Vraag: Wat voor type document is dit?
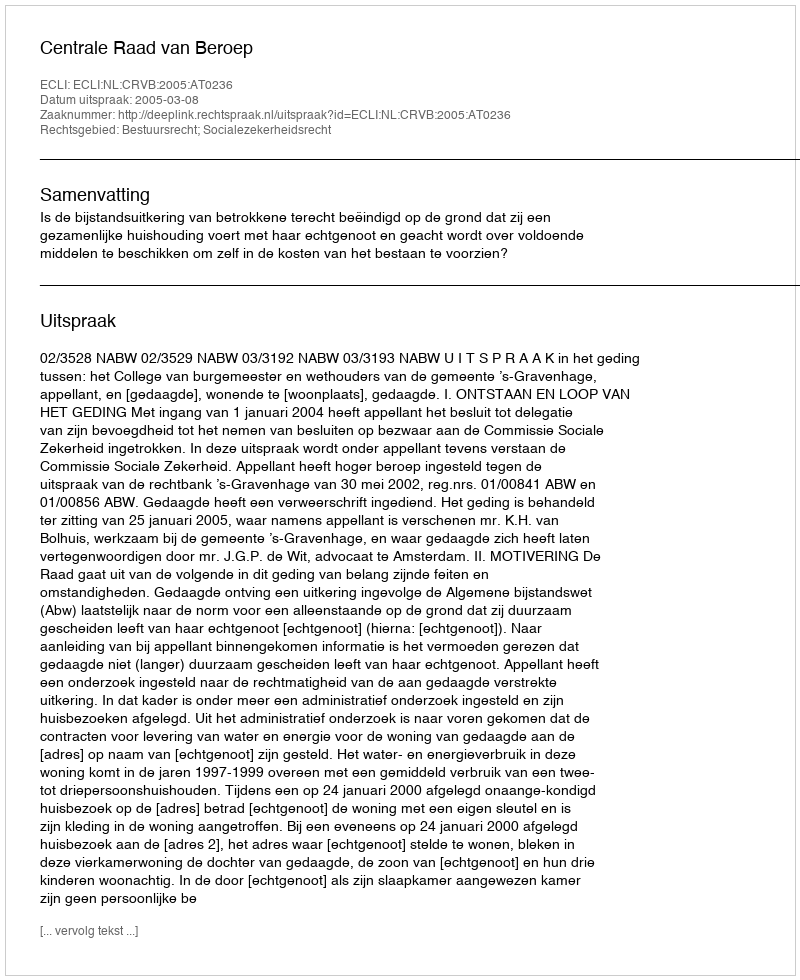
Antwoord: Uitspraak